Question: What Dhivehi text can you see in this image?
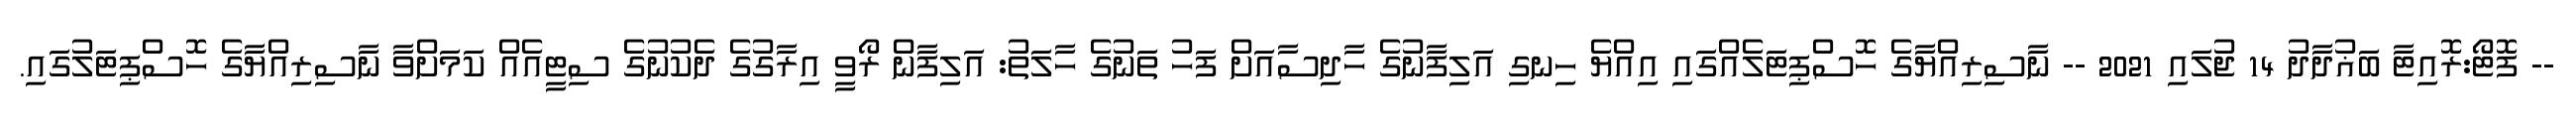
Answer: -- ފޮޓޯ:ރޮއިޓާ ބަޣުދާދު 14 ޖުލައި 2021 -- ނާސިރިއްޔާގެ ހޮސްޕިޓަލެއްގައި އިއްޔެ ހިނގި އަލިފާނުގެ ހާދިސާއަށް ފަހު ތަނުގެ ހާލަތު: އަލިފާން ރޯވީ އިރާގުގެ ދެކުނުގެ ސިޓީއެއް ކަމަށްވާ ނާސިރިއްޔާގެ ހޮސްޕިޓަލުގައި.